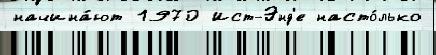
начина́ют 1970 Ист-Энд'е насто́лько